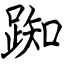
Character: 踟